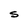
Character: S